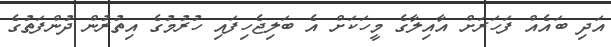
އަދި ބައެއް ފަހަރަށް އާއިލާގެ މީހަކަށް އެ ބަލިޖެހިފައި ހުރުމުގެ އިތުރުން ދުންފަތުގެ